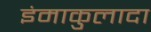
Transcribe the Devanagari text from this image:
इंमाकुलादा